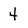
Character: 4